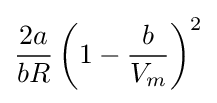
{\frac {2a}{bR}}\left(1-{\frac {b}{V_{m}}}\right)^{2}